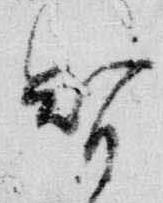
智